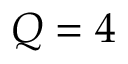
Q = 4